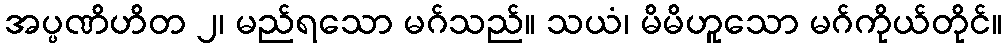
အပ္ပဏိဟိတ ၂၊ မည်ရသော မဂ်သည်။ သယံ၊ မိမိဟူသော မဂ်ကိုယ်တိုင်။